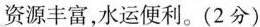
资源丰富，水运便利。(2分)